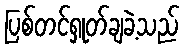
ပြစ်တင်ရှုတ်ချခဲ့သည်